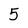
Character: 5